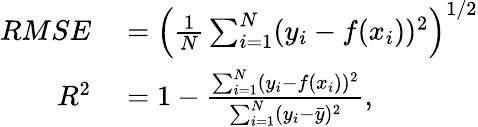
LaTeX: \begin{array}{rl}{RMSE}&{{}=\left(\frac{1}{N}\sum_{i=1}^{N}(y_{i}-f(x_{i}))^{2}\right)^{1/2}}\\ {R^{2}}&{{}=1-\frac{\sum_{i=1}^{N}(y_{i}-f(x_{i}))^{2}}{\sum_{i=1}^{N}(y_{i}-\bar{y})^{2}},}\end{array}